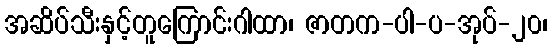
အဆိပ်သီးနှင့်တူကြောင်းဂါထာ၊ ဇာတက-ပါ-ပ-အုပ်-၂၀၊